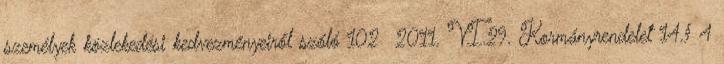
személyek közlekedési kedvezményeiről szóló 102 2011. VI.29. Kormányrendelet 14.§ 4